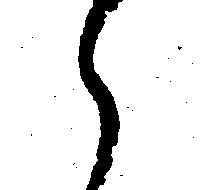
々